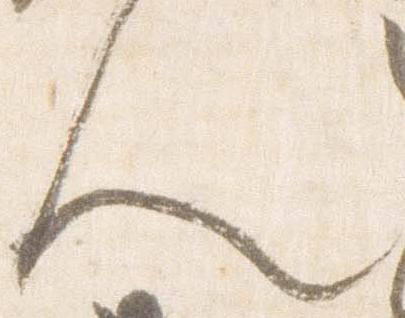
人